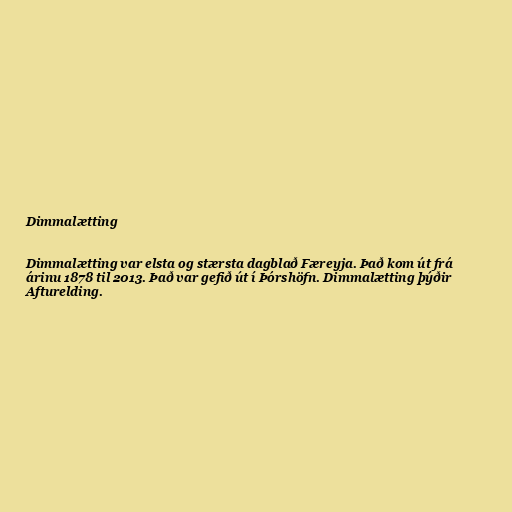
Dimmalætting

Dimmalætting var elsta og stærsta dagblað Færeyja. Það kom út frá
árinu 1878 til 2013. Það var gefið út í Þórshöfn. Dimmalætting þýðir
Afturelding.